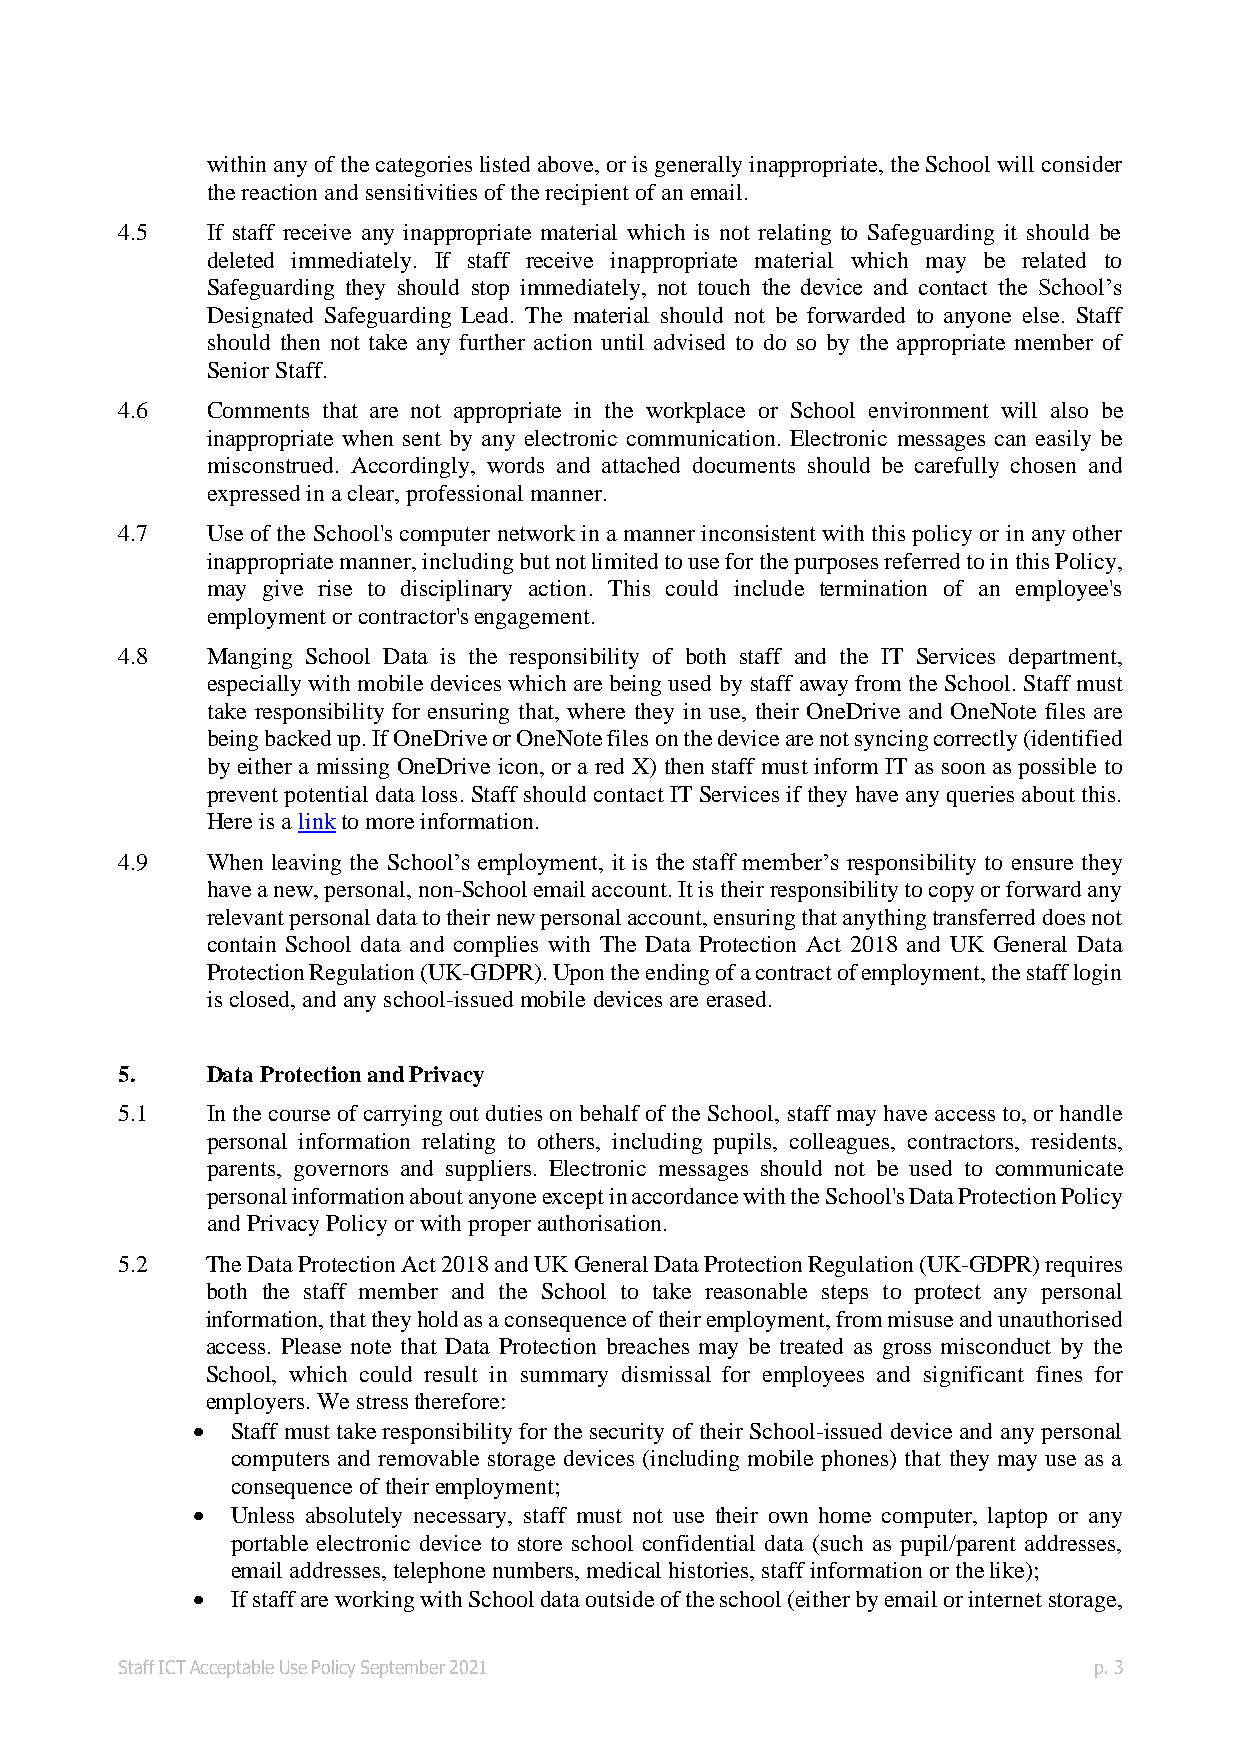
within any of the categories listed above, or is generally inappropriate, the School will consider
 the reaction and sensitivities of the recipient of an email.
 4.5   If staff receive any inappropriate material which is not relating to Safeguarding it should be
 deleted immediately. If staff receive inappropriate material which may be related to
 Safeguarding they should stop immediately, not touch the device and contact the School’s
 Designated Safeguarding Lead. The material should not be forwarded to anyone else. Staff
 should then not take any further action until advised to do so by the appropriate member of
 Senior Staff.
 4.6   Comments that are not appropriate in the workplace or School environment will also be
 inappropriate when sent by any electronic communication. Electronic messages can easily be
 misconstrued. Accordingly, words and attached documents should be carefully chosen and
 expressed in a clear, professional manner.
 4.7   Use of the School's computer network in a manner inconsistent with this policy or in any other
 inappropriate manner, including but not limited to use for the purposes referred to in this Policy,
 may give rise to disciplinary action. This could include termination of an employee's
 employment or contractor's engagement.
 4.8   Manging School Data is the responsibility of both staff and the IT Services department,
 especially with mobile devices which are being used by staff away from the School. Staff must
 take responsibility for ensuring that, where they in use, their OneDrive and OneNote files are
 being backed up. If OneDrive or OneNote files on the device are not syncing correctly (identified
 by either a missing OneDrive icon, or a red X) then staff must inform IT as soon as possible to
 prevent potential data loss. Staff should contact IT Services if they have any queries about this.
 Here is a link to more information.
 4.9   When leaving the School’s employment, it is the staff member’s responsibility to ensure they
 have a new, personal, non-School email account. It is their responsibility to copy or forward any
 relevant personal data to their new personal account, ensuring that anything transferred does not
 contain School data and complies with The Data Protection Act 2018 and UK General Data
 Protection Regulation (UK-GDPR). Upon the ending of a contract of employment, the staff login
 is closed, and any school-issued mobile devices are erased.
 5.    Data Protection and Privacy
 5.1   In the course of carrying out duties on behalf of the School, staff may have access to, or handle
 personal information relating to others, including pupils, colleagues, contractors, residents,
 parents, governors and suppliers. Electronic messages should not be used to communicate
 personal information about anyone except in accordance with the School's Data Protection Policy
 and Privacy Policy or with proper authorisation.
 5.2   The Data Protection Act 2018 and UK General Data Protection Regulation (UK-GDPR) requires
 both the staff member and the School to take reasonable steps to protect any personal
 information, that they hold as a consequence of their employment, from misuse and unauthorised
 access. Please note that Data Protection breaches may be treated as gross misconduct by the
 School, which could result in summary dismissal for employees and significant fines for
 employers. We stress therefore:
 • Staff must take responsibility for the security of their School-issued device and any personal
 computers and removable storage devices (including mobile phones) that they may use as a
 consequence of their employment;
 • Unless absolutely necessary, staff must not use their own home computer, laptop or any
 portable electronic device to store school confidential data (such as pupil/parent addresses,
 email addresses, telephone numbers, medical histories, staff information or the like);
 • If staff are working with School data outside of the school (either by email or internet storage,
 Staff ICT Acceptable Use Policy September 2021                  p. 3